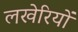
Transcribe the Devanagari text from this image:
लखेरियों